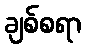
ချစ်စရာ